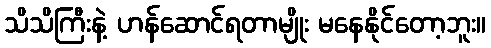
သိသိကြီးနဲ့ ဟန်ဆောင်ရတာမျိုး မနေနိုင်တော့ဘူး။